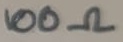
Text: 100Ω